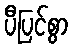
ပီပြင်စွာ